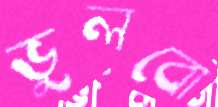
ভুলবো